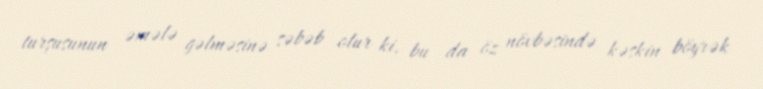
turşusunun əmələ gəlməsinə səbəb olur ki, bu da öz növbəsində kəskin böyrək